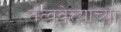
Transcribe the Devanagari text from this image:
तत्ववेत्त्याच्या